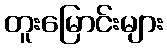
တူးမြောင်းများ